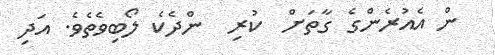
ން އެއުރެންގެ ގާތަށް  ކުރި  ންދެކެ ލޯބިވެތެވެ. އަދި